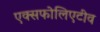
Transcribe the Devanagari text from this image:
एक्सफोलिएटीव